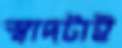
স্বাদটাই